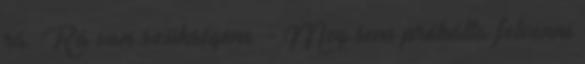
rá. Rá van szükségem. - Meg sem próbálta felvenni